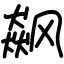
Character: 飙